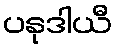
ပနုဒါယီ